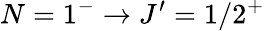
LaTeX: N=1^{-}\rightarrow J^{\prime}=1/2^{+}